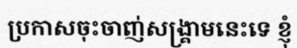
ប្រកាសចុះចាញ់សង្គ្រាមនេះទេ ខ្ញុំ